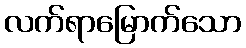
လက်ရာမြောက်သော